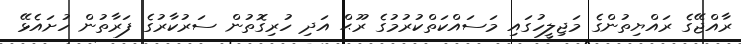
ރާއްޖޭގެ ރައްޔިތުންގެ މަޖިލީހުގައި މަސައްކަތްކުރުމުގެ ރޫޙް އަދި ހުރިގޮތުން ސަރުކާރުގެ ފަރާތުން ހުށައެޅޭ